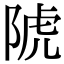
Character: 䖎